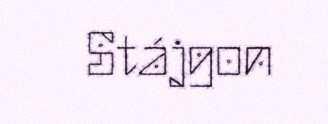
Stájgon